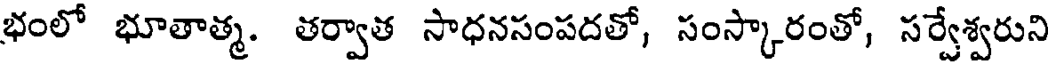
భంలో భూతాత్మ. తర్వాత సాధనసంపదతో, సంస్కారంతో, సర్వేశ్వరుని